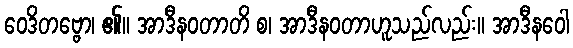
ဝေဒိတဗ္ဗော၊ ၏။ အာဒီနဝတာတိ စ၊ အာဒီနဝတာဟူသည်လည်း။ အာဒီနဝေါ